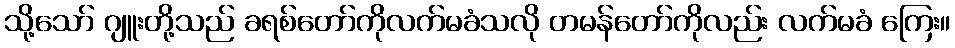
သို့သော် ဂျူးတို့သည် ခရစ်တော်ကိုလက်မခံသလို တမန်တော်ကိုလည်း လက်မခံ ကြေး။